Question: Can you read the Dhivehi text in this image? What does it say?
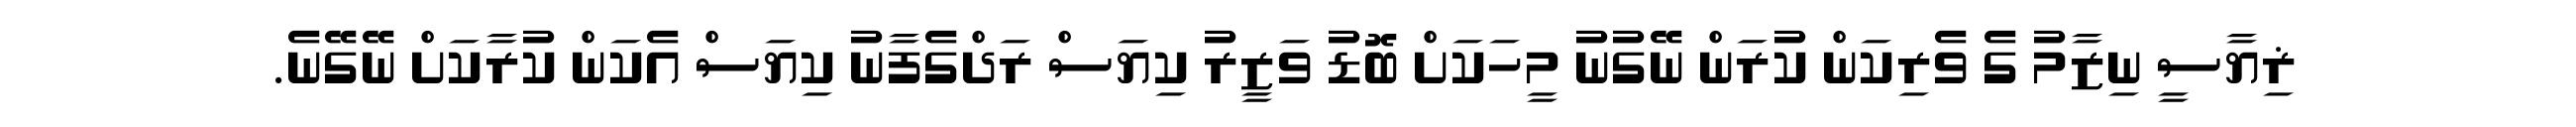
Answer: ޜިޔާސީ ނިޒާމު ގެ ވެރިކަން ކުރަން ނޭގުނު މީހަކަށް ބޮޑު ވަޒީރު ކިޔަސް ރަދްގެފާނު ކިޔަސް އެކަން ކުރާކަށް ނޭގޭނެ.